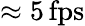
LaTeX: \approx 5\, \mathrm{fps}